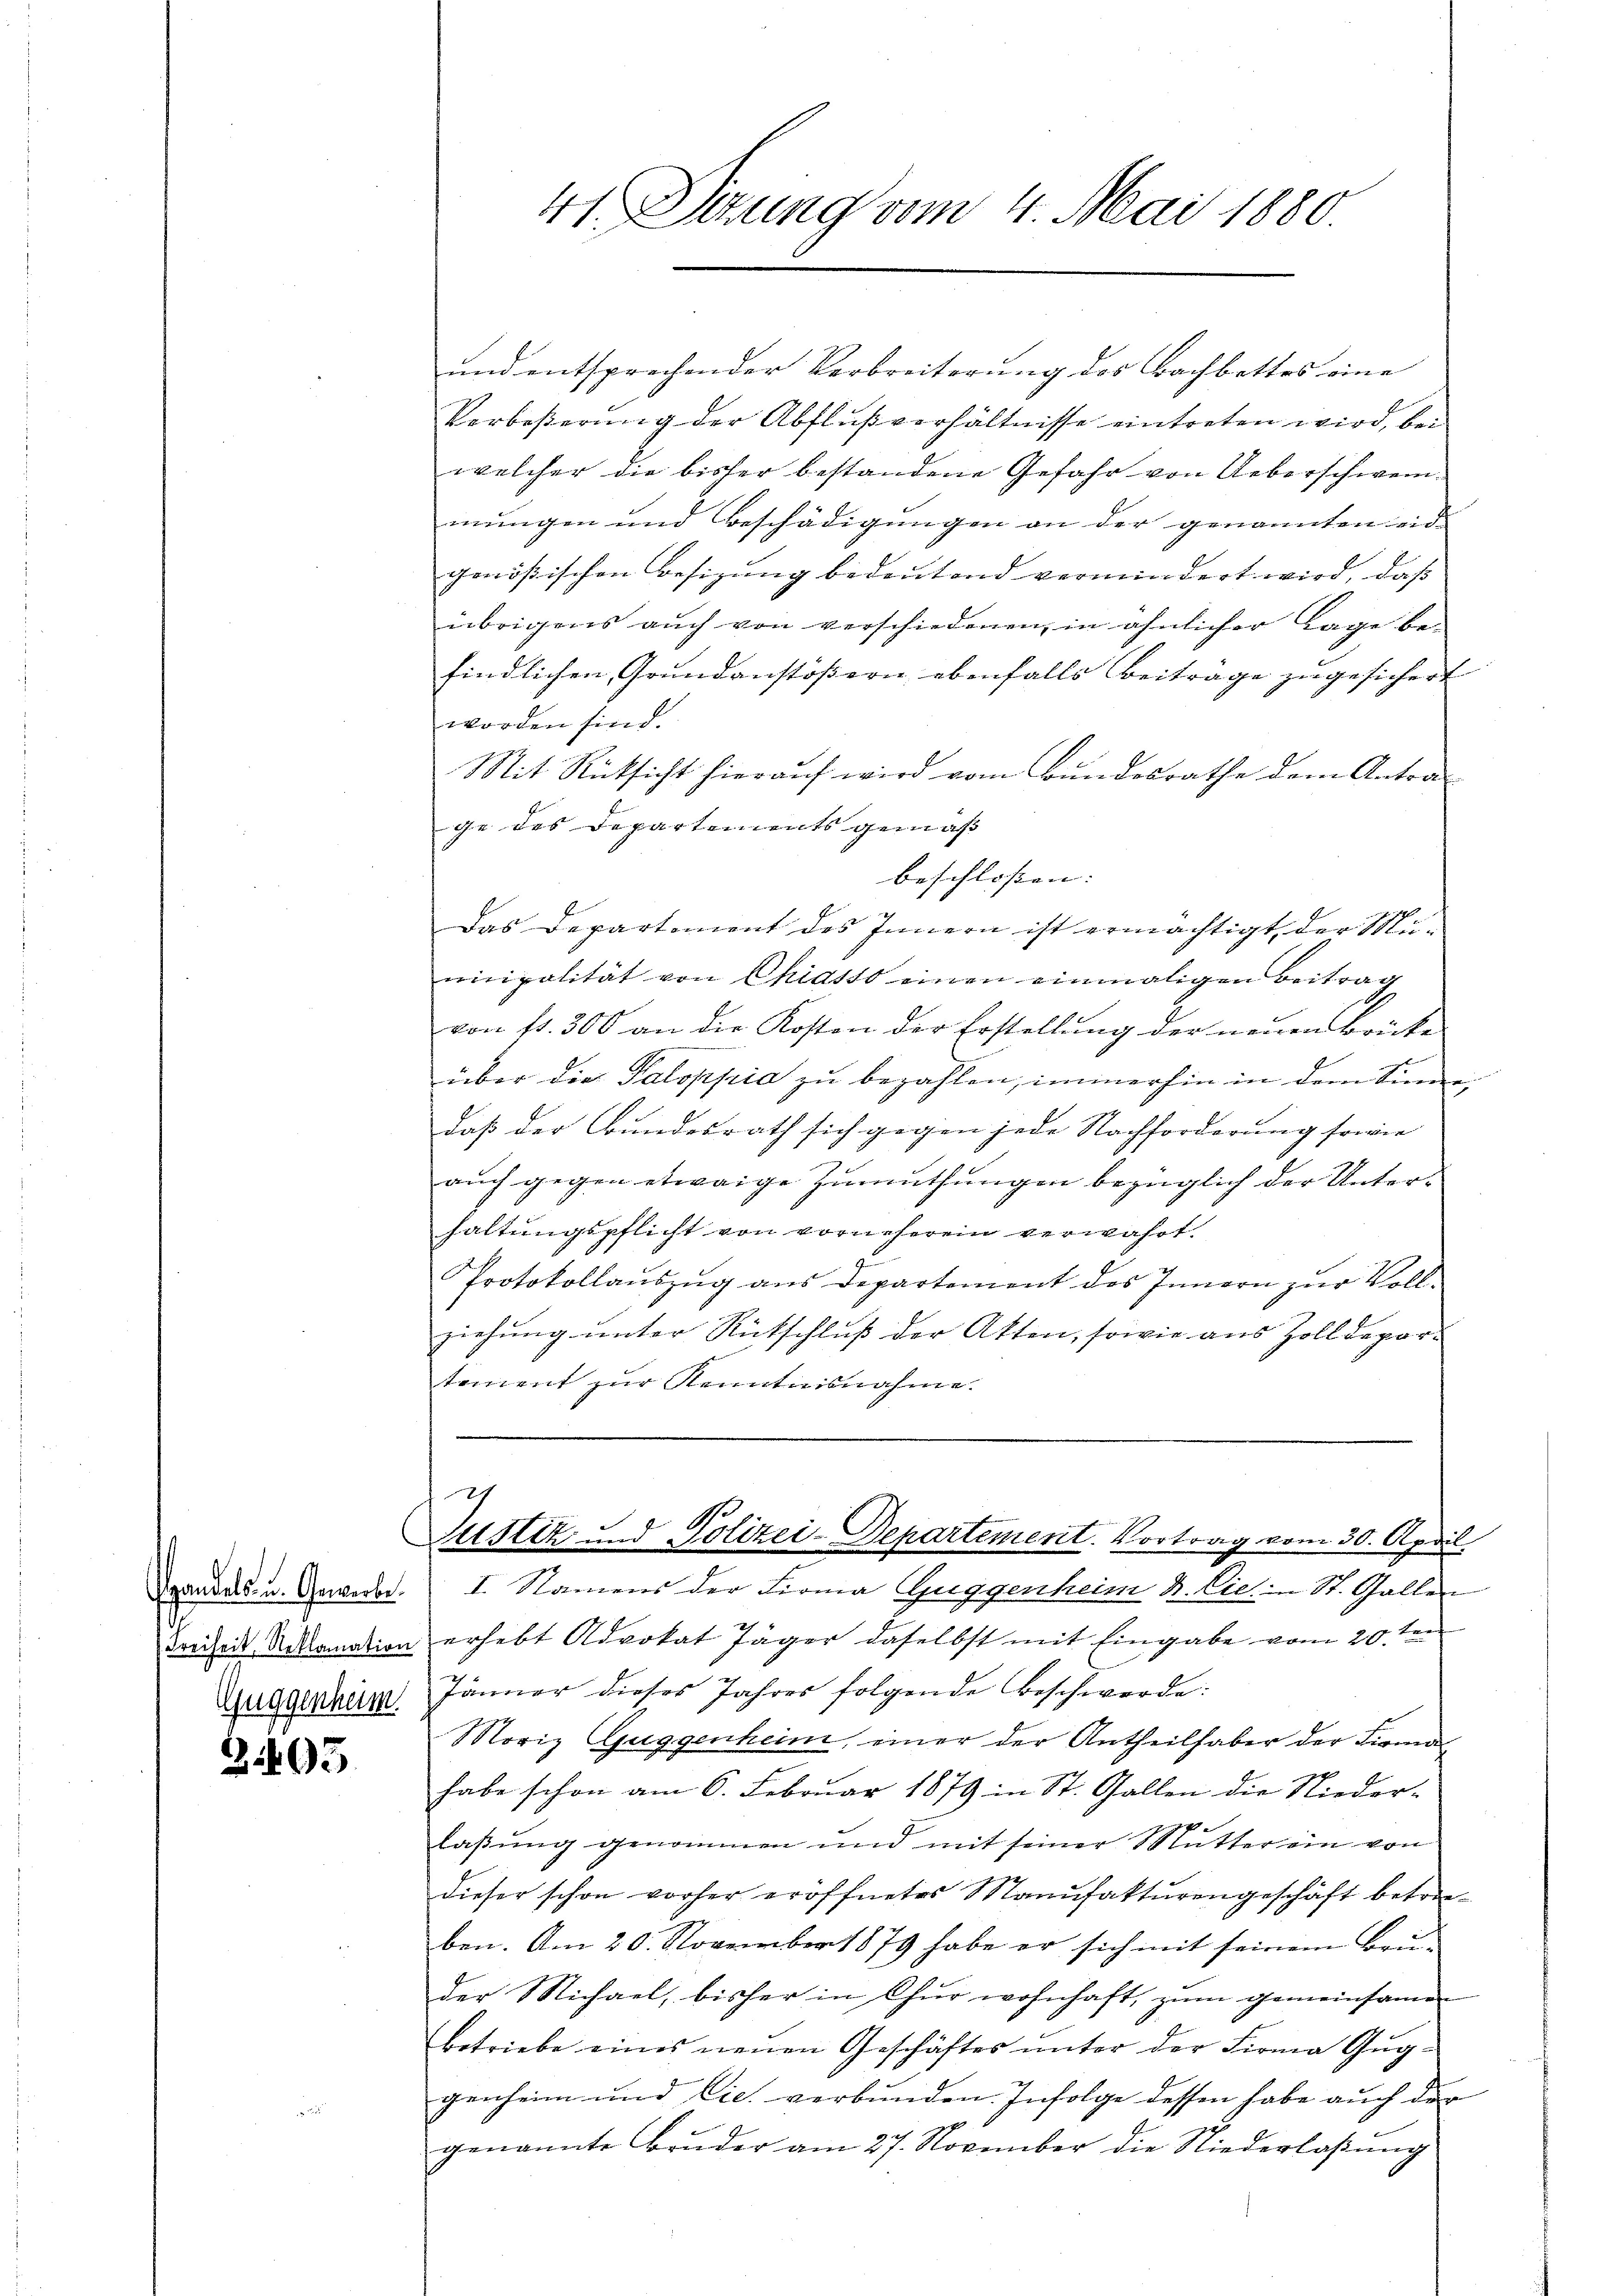
gandels u. Gewerbe
Freiheit, Reklamation
Auggenheim.

31493

41 Sizung vom 4. Mai 1880

und entsprechender Verbreiterung des Bachbettes eine
Verbeßerŭng der Abflŭβverhältnisse eintreten wird, bei
welcher die bisher bestandene Gefahr von Ueberschweimungen und Beschädigungen an der genannten eid-
genößischen Besizŭng bedeŭtend vermindert wird, daβ
übrigens auch von verschiedenen, in ähnlicher Lage be-
findlichen Grundanstößern ebenfalls Beitrage zugesichert
worden sind.
Mit Rücksicht hierauf wird vom Bundesrathe dem Antrage des Departements gemäß
Das Departement des Innern ist ermächtigt, der Municipalität von Chiasso einen einmaligen Beitrag
von fr. 300 an die Kosten der Erstellung der neuen Brücke
über die Paloppia zu bezahlen, immerhin in dem Sinnedaß der Bundesrath sich gegen jede Nachforderung sowie
auch gegen etwaige Zumuthungen bezüglich der Unter-
haltungspflicht von vorneherein verwahrt.
Protokollauszug aus Departement des Innern zur Vollziehung unter Rückschluß der Akten, sowie aus Zolldepar-
tement zur Kenntnisnahme.

beschlossen:

7
Justiz und Polizei-Departement. Vortrag vom 30. April

I. Namens der Firma Guggenheim N. Cie St. Gallen
erhebt Advokat Jäger daselbst mit Eingabe vom 20 ten
Jänner dieses Jahres folgende Beschwerde:
Moriz Guggenheim, einer der Antheilhaber der Firma
habe schon am 6. Februar 1879 in St. Gallen die Nieder-
laßung genommen und mit seiner Mutter ein von
dieser schon vorher eröffnetes Manufakturengeschäft betreben. Am 20. November 1879 habe er sich mit seinem Bruder Michael, bisher in Chur wohnhaft, zum gemeinsamen
betriebe eines neuen Geschäftes ŭnter der Firma Gŭg-
genheim und Cie. verbunden. Infolge dessen habe auch der
genannte Bruder am 27. November die Niederlaßung